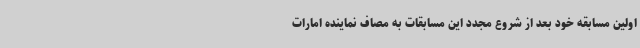
اولین مسابقه خود بعد از شروع مجدد این مسابقات به مصاف نماینده امارات